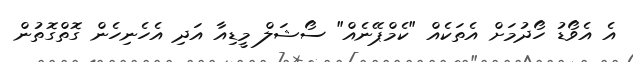
އެ އެވޯޑު ހޯދުމަށް އެތަކެއް "ކެމްޕޭނެއް" ސޯޝަލް މީޑިއާ އަދި އެހެނިހެން ގޮތްގޮތުން